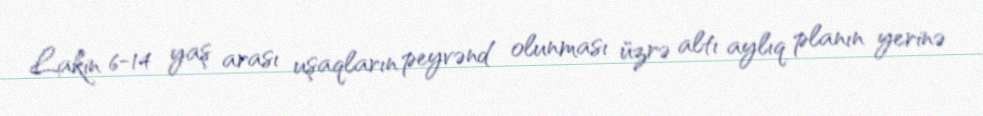
Lakin 6-14 yaş arası uşaqların peyvənd olunması üzrə altı aylıq planın yerinə